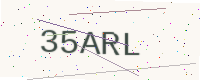
Text: 35ARL